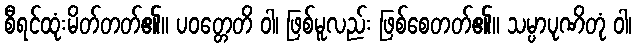
စီရင်ထုံးမိတ်တတ်၏။ ပဝတ္တေတိ ဝါ၊ ဖြစ်မူလည်း ဖြစ်စေတတ်၏။ သမ္ပာပုဏိတုံ ဝါ၊